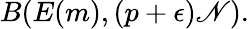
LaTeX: B(E(m),(p+\epsilon)\mathscr{N}).